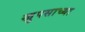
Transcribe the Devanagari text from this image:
खुपसाच्या